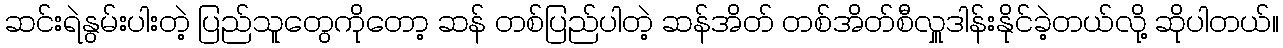
ဆင်းရဲနွမ်းပါးတဲ့ ပြည်သူတွေကိုတော့ ဆန် တစ်ပြည်ပါတဲ့ ဆန်အိတ် တစ်အိတ်စီလှူဒါန်းနိုင်ခဲ့တယ်လို့ ဆိုပါတယ်။